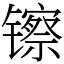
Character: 镲